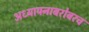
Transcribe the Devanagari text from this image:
अध्‍यापनाबरोबरच